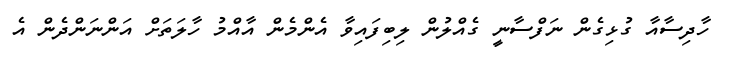
ހާދިސާއާ ގުޅިގެން ނަފްސާނީ ގެއްލުން ލިބިފައިވާ އެންމެން އާއްމު ހާލަތަށް އަންނަންދެން އެ